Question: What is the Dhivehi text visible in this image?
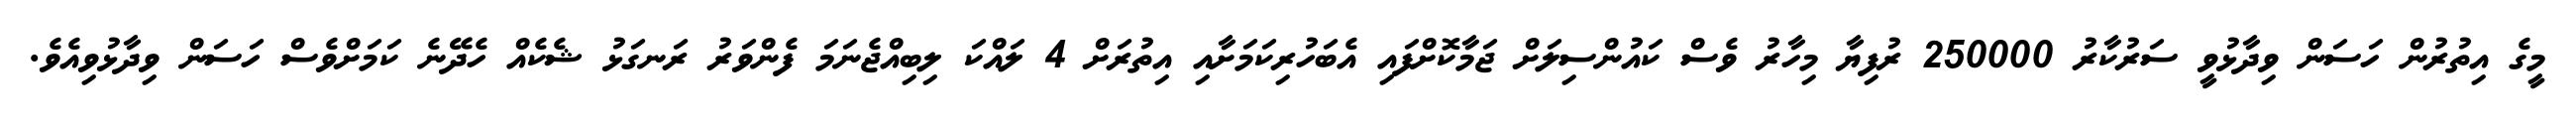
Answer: މީގެ އިތުރުން ހަސަން ވިދާޅުވީ ސަރުކާރު 250000 ރުފިޔާ މިހާރު ވެސް ކައުންސިލަށް ޖަމާކޮށްފައި އެބަހުރިކަމަށާއި އިތުރަށް 4 ލައްކަ ލިބިއްޖެނަމަ ފެންވަރު ރަނގަޅު ޝެކެއް ހެދޭނެ ކަމަށްވެސް ހަސަން ވިދާޅުވިއެވެ.